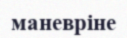
маневріне